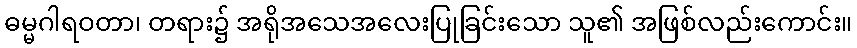
ဓမ္မဂါရဝတာ၊ တရား၌ အရိုအသေအလေးပြုခြင်းသော သူ၏ အဖြစ်လည်းကောင်း။